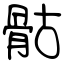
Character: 骷